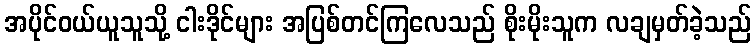
အပိုင်ဝယ်ယူသူသို့ ငါးဒိုင်များ အပြစ်တင်ကြလေသည် စိုးမိုးသူက လချမှတ်ခဲ့သည်